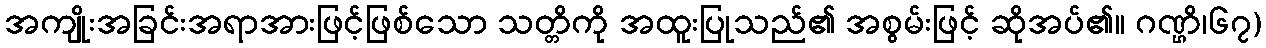
အကျိုးအခြင်းအရာအားဖြင့်ဖြစ်သော သတ္တိကို အထူးပြုသည်၏ အစွမ်းဖြင့် ဆိုအပ်၏။ ဂဏ္ဌိ၊၆၇)